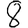
Digit: 8